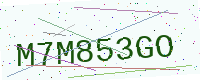
Text: M7M853GO